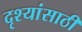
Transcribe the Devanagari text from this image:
दृश्यांसाठी